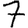
Digit: 7